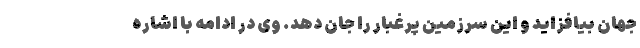
جهان بیافزاید و این سرزمین پرغبار را جان دهد. وی در ادامه با اشاره